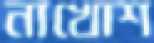
নাখোশ